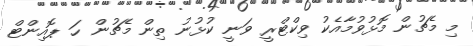
މި މެޗުން މޮޅުވުމާއެކު ވިކްޓްރީ ވަނީ ކުޅުނު ތިން މެޗުން ހަ ޕޮއިންޓް